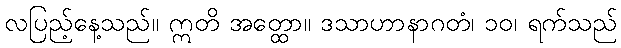
လပြည့်နေ့သည်။ ဣတိ အတ္ထော။ ဒသာဟာနာဂတံ၊ ၁၀၊ ရက်သည်